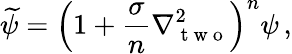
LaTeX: \widetilde{\psi}=\left(1+\frac{\sigma}{n}\nabla_{\mathrm{~t~w~o~}}^{2}\right)^{n}\psi\, ,